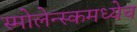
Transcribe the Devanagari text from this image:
स्मोलेन्स्कमध्येच